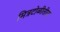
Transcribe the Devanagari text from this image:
मित्रटोळीतील